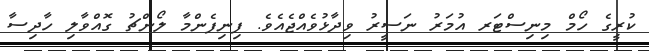
ކުރީގެ ހޯމް މިނިސްޓަރ އުމަރު ނަސީރު ވިދާޅުވެއްޖެއެވެ. ފިނިފެންމާ ލޯންޗު ގޮއްވާލި ހާދިސާ